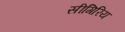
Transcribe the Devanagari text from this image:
सीगिरिय